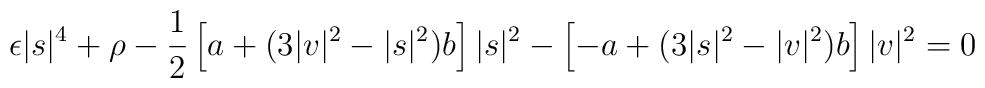
\epsilon |s|^4+\rho -{1\over 2}\left[a+(3|v|^2-|s|^2)b\right]|s|^2-\left[-a+(3|s|^2-|v|^2)b\right]|v|^2=0